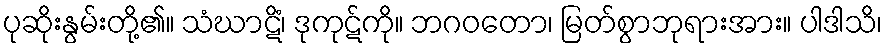
ပုဆိုးနွမ်းတို့၏။ သံဃာဋိံ၊ ဒုကုဋ်ကို။ ဘဂဝတော၊ မြတ်စွာဘုရားအား။ ပါဒါသိ၊